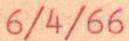
6/4/66